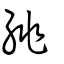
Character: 絩